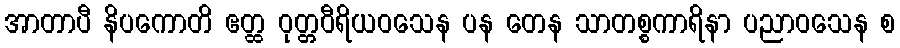
အာတာပီ နိပကောတိ ဧတ္ထ ဝုတ္တဝီရိယဝသေန ပန တေန သာတစ္စကာရိနာ ပညာဝသေန စ